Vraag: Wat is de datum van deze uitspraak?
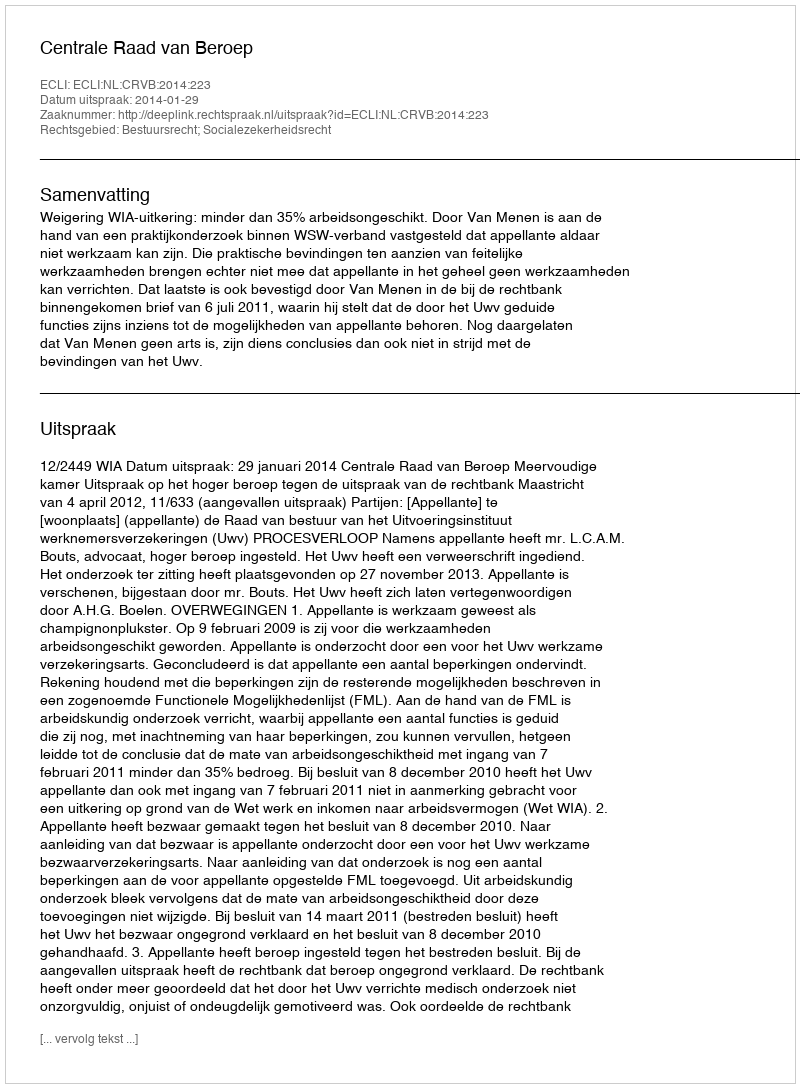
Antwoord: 2014-01-29